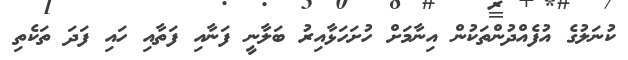
ކުނަލުގެ އުފެއްދުންތަކުން އިނާމަށް ހުށަހަޅާއިރު ބަލާނީ ފަނާއި ފަތާއި ހައި ފަދަ ތަކެތި